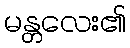
မန္တလေး၏